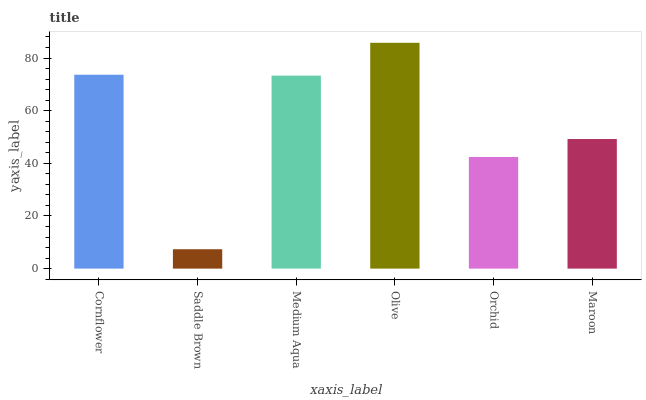
| xaxis_label | bars |
 | --- | --- |
 | Cornflower | 73.6 |
 | Saddle Brown | 7.36 |
 | Medium Aqua | 73.3 |
 | Olive | 85.8 |
 | Orchid | 42.4 |
 | Maroon | 49.2 |